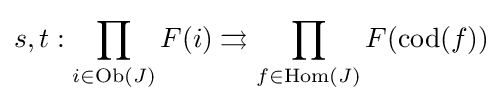
s,t:\prod _{i\in \operatorname {Ob} (J)}F(i)\rightrightarrows \prod _{f\in \operatorname {Hom} (J)}F(\operatorname {cod} (f))